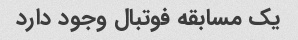
یک مسابقه فوتبال وجود دارد